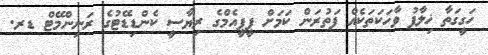
ހަގީގަތާ ޚިލާފު ވާހަކަތަކެއް ފަތުރަން ކަމަށް ޕީޕީއެމްގެ ރިޔާސީ ކެންޑިޑޭޓުގެ ރަނިންމޭޓް ޑރ.